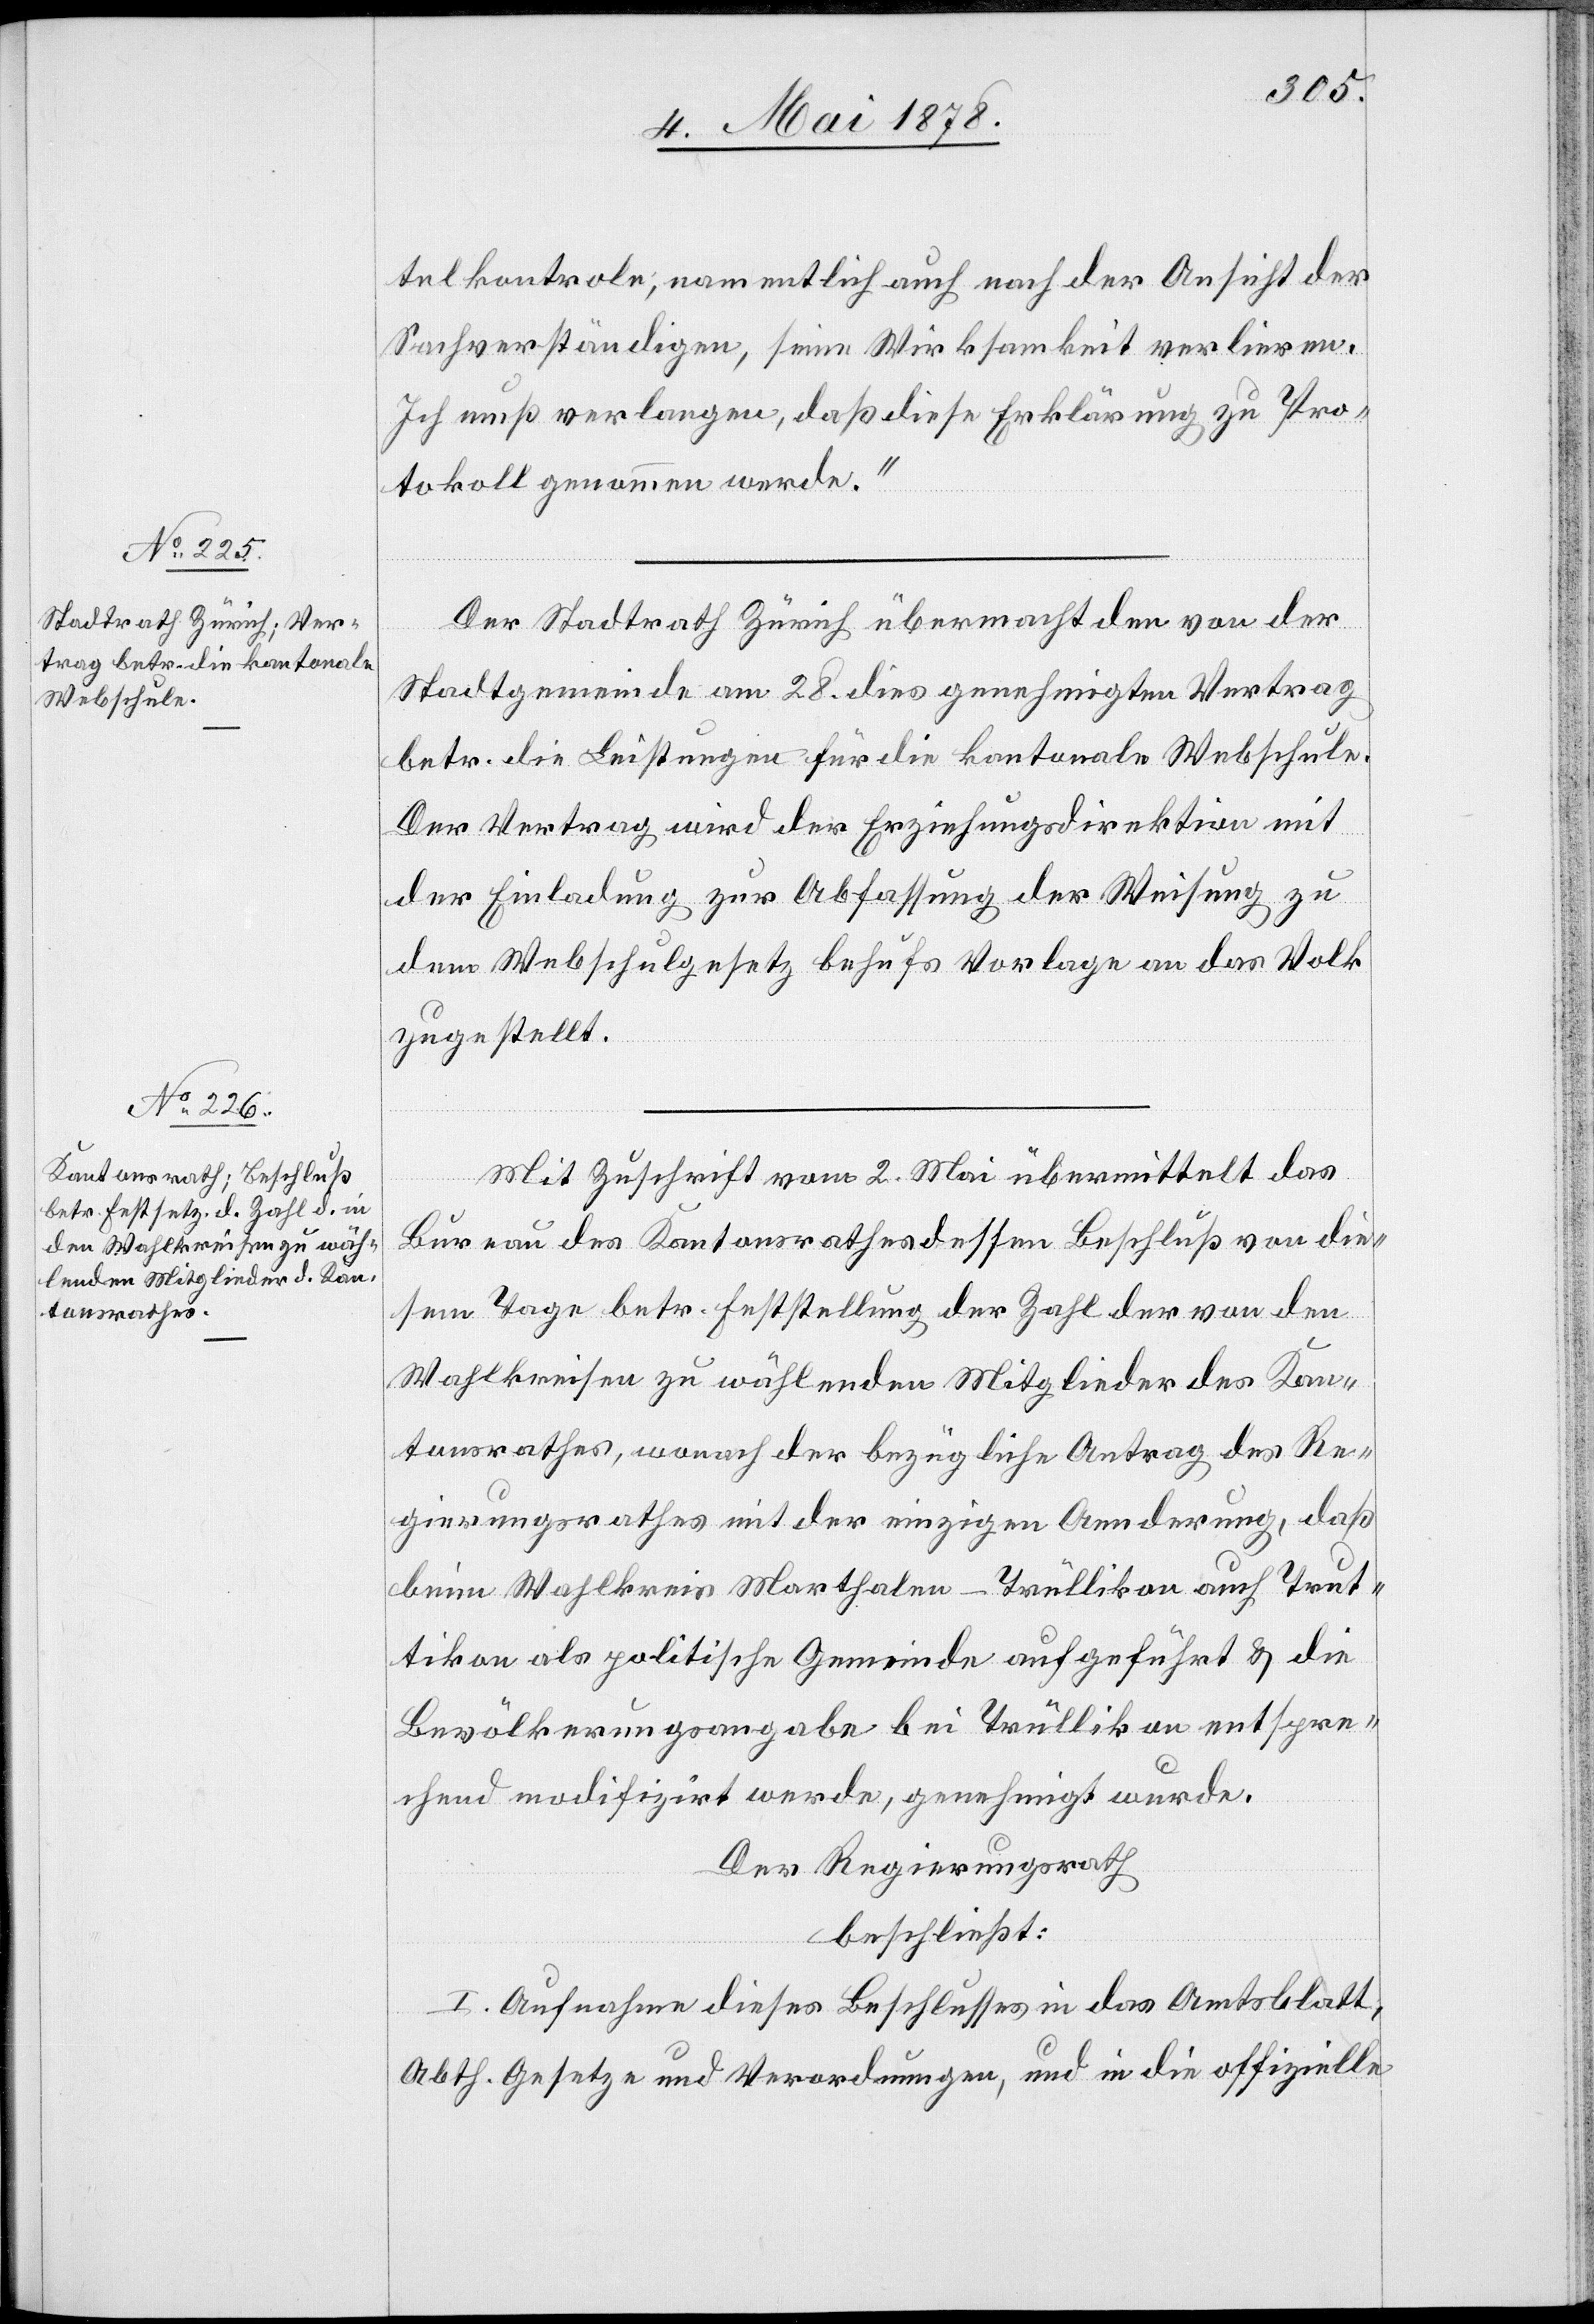
telkontrole; namentlich auch nach der Ansicht der
Sachverständigen, seine Wirksamkeit verlieren.
Ich muß verlangen, daß diese Erklärung zu Pro¬
tokoll genommen werde.“
Der Stadtrath Zürich übermacht den von der
Stadtgemeinde am 28. dies genehmigten Vertrag
betr. die Leistungen für die kantonale Webschule.
Der Vertrag wird der Erziehungsdirektion mit
der Einladung zur Abfassung der Weisung zu
dem Webschulgesetz behufs Vorlage an das Volk
zugestellt.
Mit Zuschrift vom 2. Mai übermittelt das
Bureau des Kantonsrathes dessen Beschluß von die¬
sem Tage betr. Feststellung der Zahl der von den
Wahlkreisen zu wählenden Mitglieder des Kan¬
tonsrathes, wonach der bezügliche Antrag des Re¬
gierungsrathes mit der einzigen Aenderung, daß
beim Wahlkreis Marthalen-Trüllikon auch Trut¬
tikon als polizeiliche Gemeinde aufgeführt & die
Bevölkerungsangabe bei Trüllikon entspre¬
chend modifizirt werde, genehmigt wurde.
Der Regierungsrath
beschließt:
I. Aufnahme dieses Beschlusses in das Amtsblatt,
Abth. Gesetze und Verordnungen, und in die offizielle